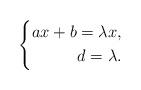
LaTeX: \begin{align*}\left\{\begin{aligned}ax+b=\lambda x,\\d=\lambda. \end{aligned}\right.\end{align*}